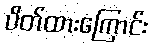
ပိတ်ထားကြောင်း